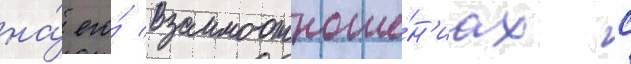
на́ его́ взаимоотноше́н'иах с